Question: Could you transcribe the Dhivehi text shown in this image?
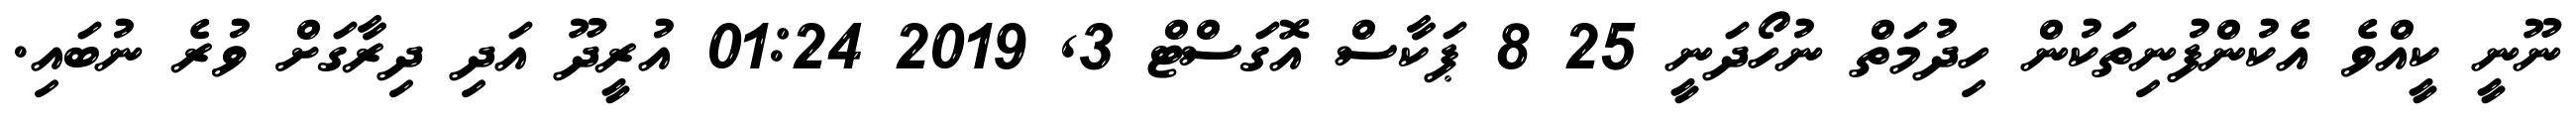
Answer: ނޫނީ ކީއްވެ އެކުންފުނިތަކުން ހިދުމަތް ނުހޯދަނީ 25 8 ޕަކާސް އޮގަސްޓް 3, 2019 01:24 އުރީދޫ އަދި ދިރާގަށް ވުރެ ނުބައި.